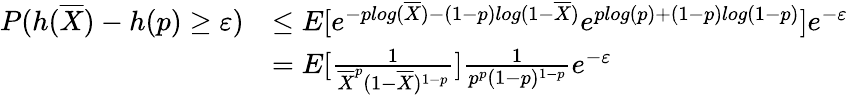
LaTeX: \begin{array}{rl}{P(h(\overline{{X}})-h(p)\geq\varepsilon)}&{\leq E[e^{-plog(\overline{{X}})-(1-p)log(1-\overline{{X}})}e^{plog(p)+(1-p)log(1-p)}]e^{-\varepsilon}}\\ &{=E[\frac{1}{\overline{{X}}^{p}(1-\overline{{X}})^{1-p}}]\frac{1}{p^{p}(1-p)^{1-p}}e^{-\varepsilon}}\end{array}